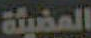
المضيئة